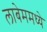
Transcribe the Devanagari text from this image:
लाबेममध्ये